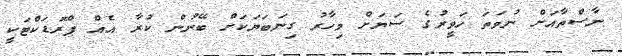
ނާސްތާއަށް ނުވަތަ ހަވީރުގެ ސަޔަށް މިހާރު ގިނަބަޔަކަށް ބޭނުން ކުރާ އެއް ޕްރޮޑަކްޓަކީ